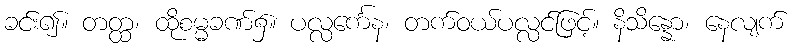
ခင်း၍။ တတ္ထ၊ ထိုစမ္မခဏ်၌။ ပလ္လင်္ကေန၊ တက်ဝယ်ပလ္လင်ဖြင့်။ နိသိန္နော၊ နေလျက်